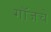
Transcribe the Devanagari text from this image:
गॉजचे